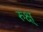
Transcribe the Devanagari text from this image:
रुक्ष्